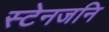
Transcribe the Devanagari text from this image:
स्टेनजनि